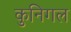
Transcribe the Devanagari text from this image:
कुनिगल